Civil Veterinary Department Bengal reports 1923-33 - 1923-1933
Year: 1923
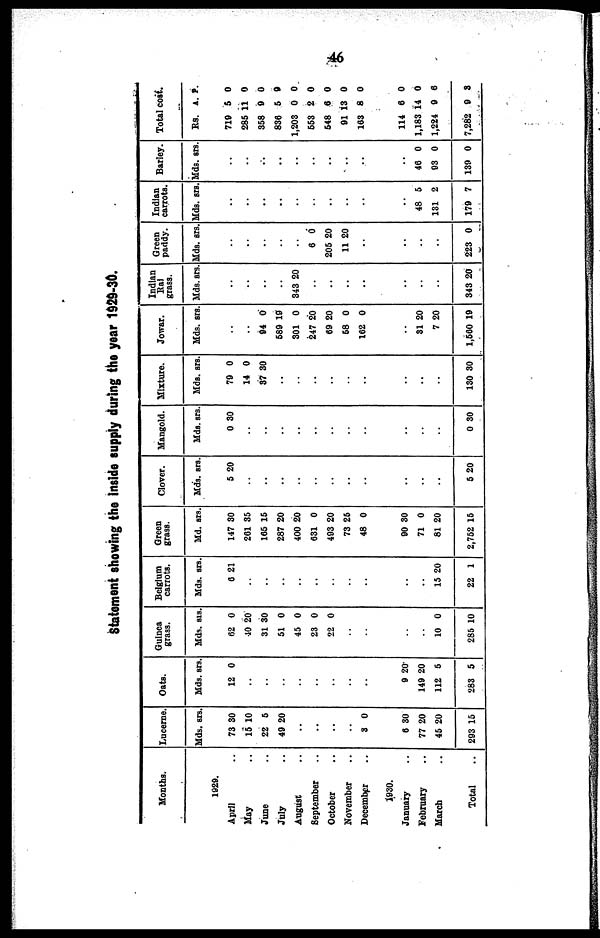
46
Statement showing the inside supply during the year 1929-30.
Months.
1929.
April ..
May ..
June ..
July ..
August ..
September ..
October ..
November ..
December ..
1930.
January ..
February ..
March ..
Total ..
Lucerne.
Mds.
73
15
22
40
..
.
..
..
3
6
77
45
293
srs.
30
10
5
20
.
0
30
20
20
15
Oats.
Mds.
12
..
..
..
..
..
..
..
..
9
149
112
283
srs
0
20
20
5
5
Guinea
grass
.
Mds.
62
10
31
51
45
23
22
..
..
..
..
10
285
srs.
0
20
30
0
0
0
0
0
10
Belgium
carrots.
Mds.
6
..
..
..
..
..
..
..
..
..
..
15
22
srs.
21
20
1
Green
grass
.
Md.
147
261
165
287
400
631
493
73
48
90
71
81
2,752
srs.
30
35
15
20
20
0
20
25
0
30
0
20
15
Clover.
Mds.
5
..
..
..
..
..
..
..
..
..
..
..
5
srs.
20
20
Mangold.
Mds.
0 3
..
..
..
..
..
..
..
..
..
..
..
0 3
srs.
0
0
Mixture.
Mds.
79
14
37
..
..
..
..
..
..
..
..
..
130
srs.
0
0
30
30
Jowar.
Mds.
..
..
94
589
301
247
69
58
162
..
31
7
1,560
srs.
0
19
0
20
20
0
0
20
20
19
Indian
Rai
grass
.
Mds.
..
..
..
..
343 2
..
..
..
..
..
..
..
343 2
srs.
0
0
Green
paddy.
Mds.
..
..
..
..
..
6
205 2
11 2
..
..
..
..
223
srs.
0
0
0
0
Indian
carrots.
Mds.
..
..
..
..
..
..
..
..
..
..
48
131
179
srs.
5
2
7
Barley.
Mds.
..
..
..
..
..
..
..
..
..
..
46
93
139
srs.
0
0
0
Total cost.
Rs.
719
285
358
836
1,203
553
548
91
163
114
1,183
1,224
7,282
A.
5
11
9
5
0
2
6
13
8
6
14
9
9
P.
0
0
0
9
0
0
0
0
0
0
0
6
3